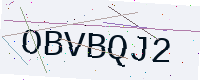
Text: OBVBQJ2